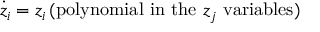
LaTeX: { \dot { z } } _ { i } = z _ { i } \, ( \mathrm { p o l y n o m i a l ~ i n ~ t h e ~ } z _ { j } \mathrm { ~ v a r i a b l e s } )